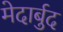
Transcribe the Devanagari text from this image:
मेदार्बुद